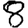
Digit: 8